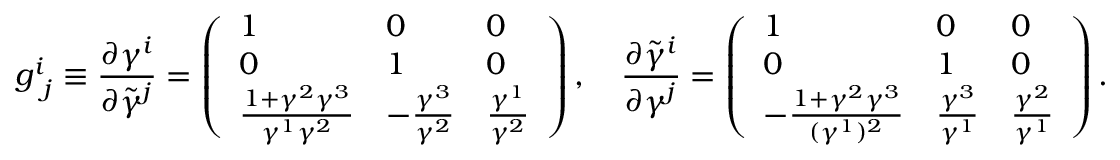
g _ { \ j } ^ { i } \equiv \frac { \partial \gamma ^ { i } } { \partial \tilde { \gamma } ^ { j } } = \left( \begin{array} { l l l } { 1 } & { 0 } & { 0 } \\ { 0 } & { 1 } & { 0 } \\ { \frac { 1 + \gamma ^ { 2 } \gamma ^ { 3 } } { \gamma ^ { 1 } \gamma ^ { 2 } } } & { - \frac { \gamma ^ { 3 } } { \gamma ^ { 2 } } } & { \frac { \gamma ^ { 1 } } { \gamma ^ { 2 } } } \end{array} \right) , \quad \frac { \partial \tilde { \gamma } ^ { i } } { \partial \gamma ^ { j } } = \left( \begin{array} { l l l } { 1 } & { 0 } & { 0 } \\ { 0 } & { 1 } & { 0 } \\ { - \frac { 1 + \gamma ^ { 2 } \gamma ^ { 3 } } { ( \gamma ^ { 1 } ) ^ { 2 } } } & { \frac { \gamma ^ { 3 } } { \gamma ^ { 1 } } } & { \frac { \gamma ^ { 2 } } { \gamma ^ { 1 } } } \end{array} \right) .